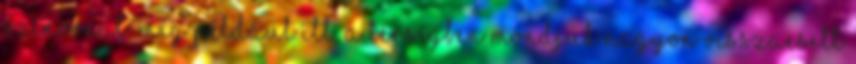
színvonal. Míg például itt, a térségben mondjuk nagyon visszaesett